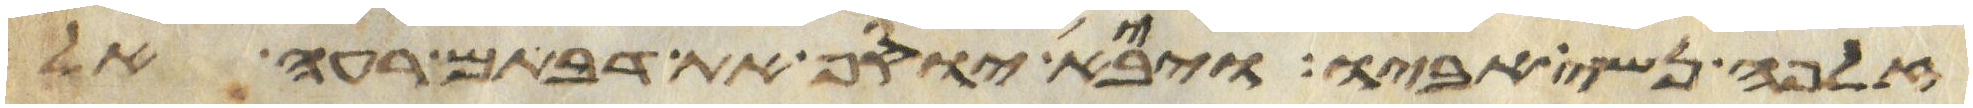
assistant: זלפה נשי אביו ויבא יוסף את דבתם רעה אל